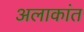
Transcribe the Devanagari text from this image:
अलाकांत